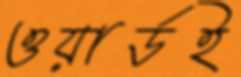
ওয়ার্ডই